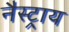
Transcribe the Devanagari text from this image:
नैस्ट्राय